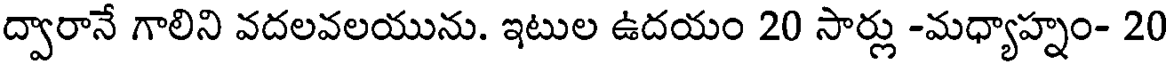
ద్వారానే గాలిని వదలవలయును. ఇటుల ఉదయం 20 సార్లు -మధ్యాహ్నం- 20